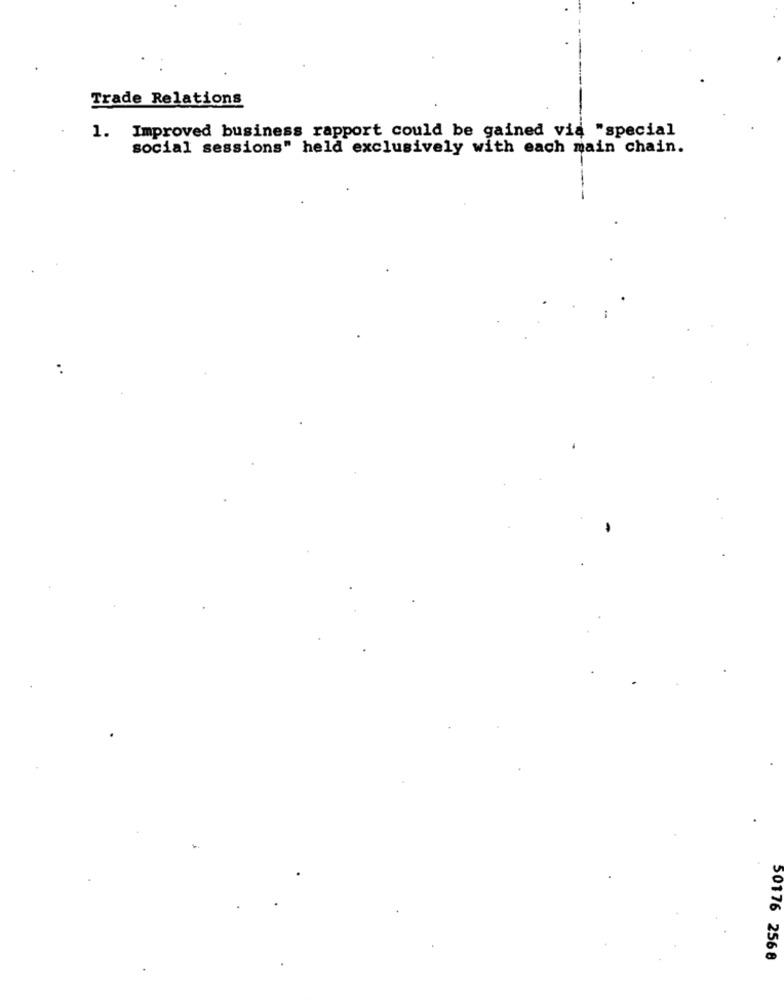
Trade Relations
1. Improved business rapport could be gained via "special
social sessions" held exclusively with each main chain.
50176 2568